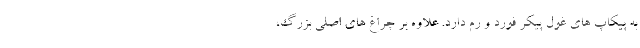
به پیکاپ های غول پیکر فورد و رم دارد. علاوه بر چراغ های اصلی بزرگ،